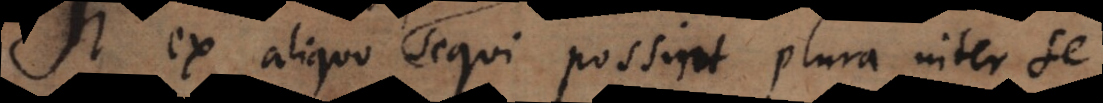
Si ex aliquo sequi possint plura inter se